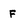
Character: F